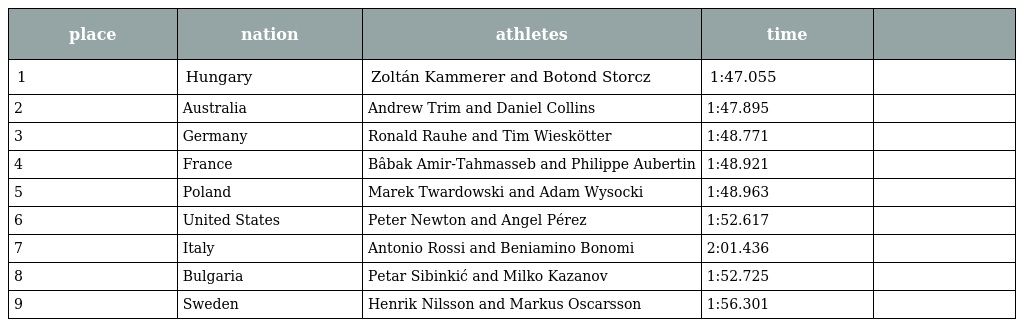
| place | nation | athletes | time |  |
 | --- | --- | --- | --- | --- |
 | 1 | Hungary | Zoltán Kammerer and Botond Storcz | 1:47.055 |  |
 | 2 | Australia | Andrew Trim and Daniel Collins | 1:47.895 |  |
 | 3 | Germany | Ronald Rauhe and Tim Wieskötter | 1:48.771 |  |
 | 4 | France | Bâbak Amir-Tahmasseb and Philippe Aubertin | 1:48.921 |  |
 | 5 | Poland | Marek Twardowski and Adam Wysocki | 1:48.963 |  |
 | 6 | United States | Peter Newton and Angel Pérez | 1:52.617 |  |
 | 7 | Italy | Antonio Rossi and Beniamino Bonomi | 2:01.436 |  |
 | 8 | Bulgaria | Petar Sibinkić and Milko Kazanov | 1:52.725 |  |
 | 9 | Sweden | Henrik Nilsson and Markus Oscarsson | 1:56.301 |  |